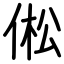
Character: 倯